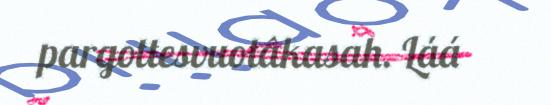
pargottesvuotâkasah. Láá